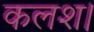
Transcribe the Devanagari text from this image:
कलश।